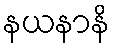
နယနာနိ